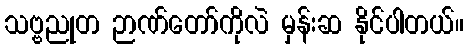
သဗ္ဗညုတ ဉာဏ်တော်ကိုလဲ မှန်းဆ နိုင်ပါတယ်။